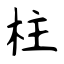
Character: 柱